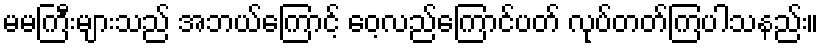
မမကြီးများသည် အဘယ်ကြောင့် ဝေ့လည်ကြောင်ပတ် လုပ်တတ်ကြပါသနည်း။